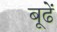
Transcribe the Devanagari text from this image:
बूढें